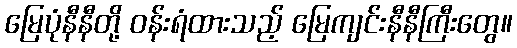
မြေပုံနီနီတို့ ဝန်းရံထားသည့် မြေကျင်းနီနီကြီးတွေ။